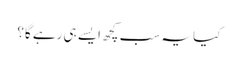
کیا یہ سب کچھ ایسے ہی رہے گا؟